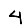
Digit: 4